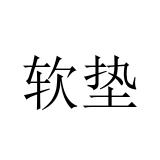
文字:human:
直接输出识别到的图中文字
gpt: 软垫